Juuru_vallavalitsus, lk 38
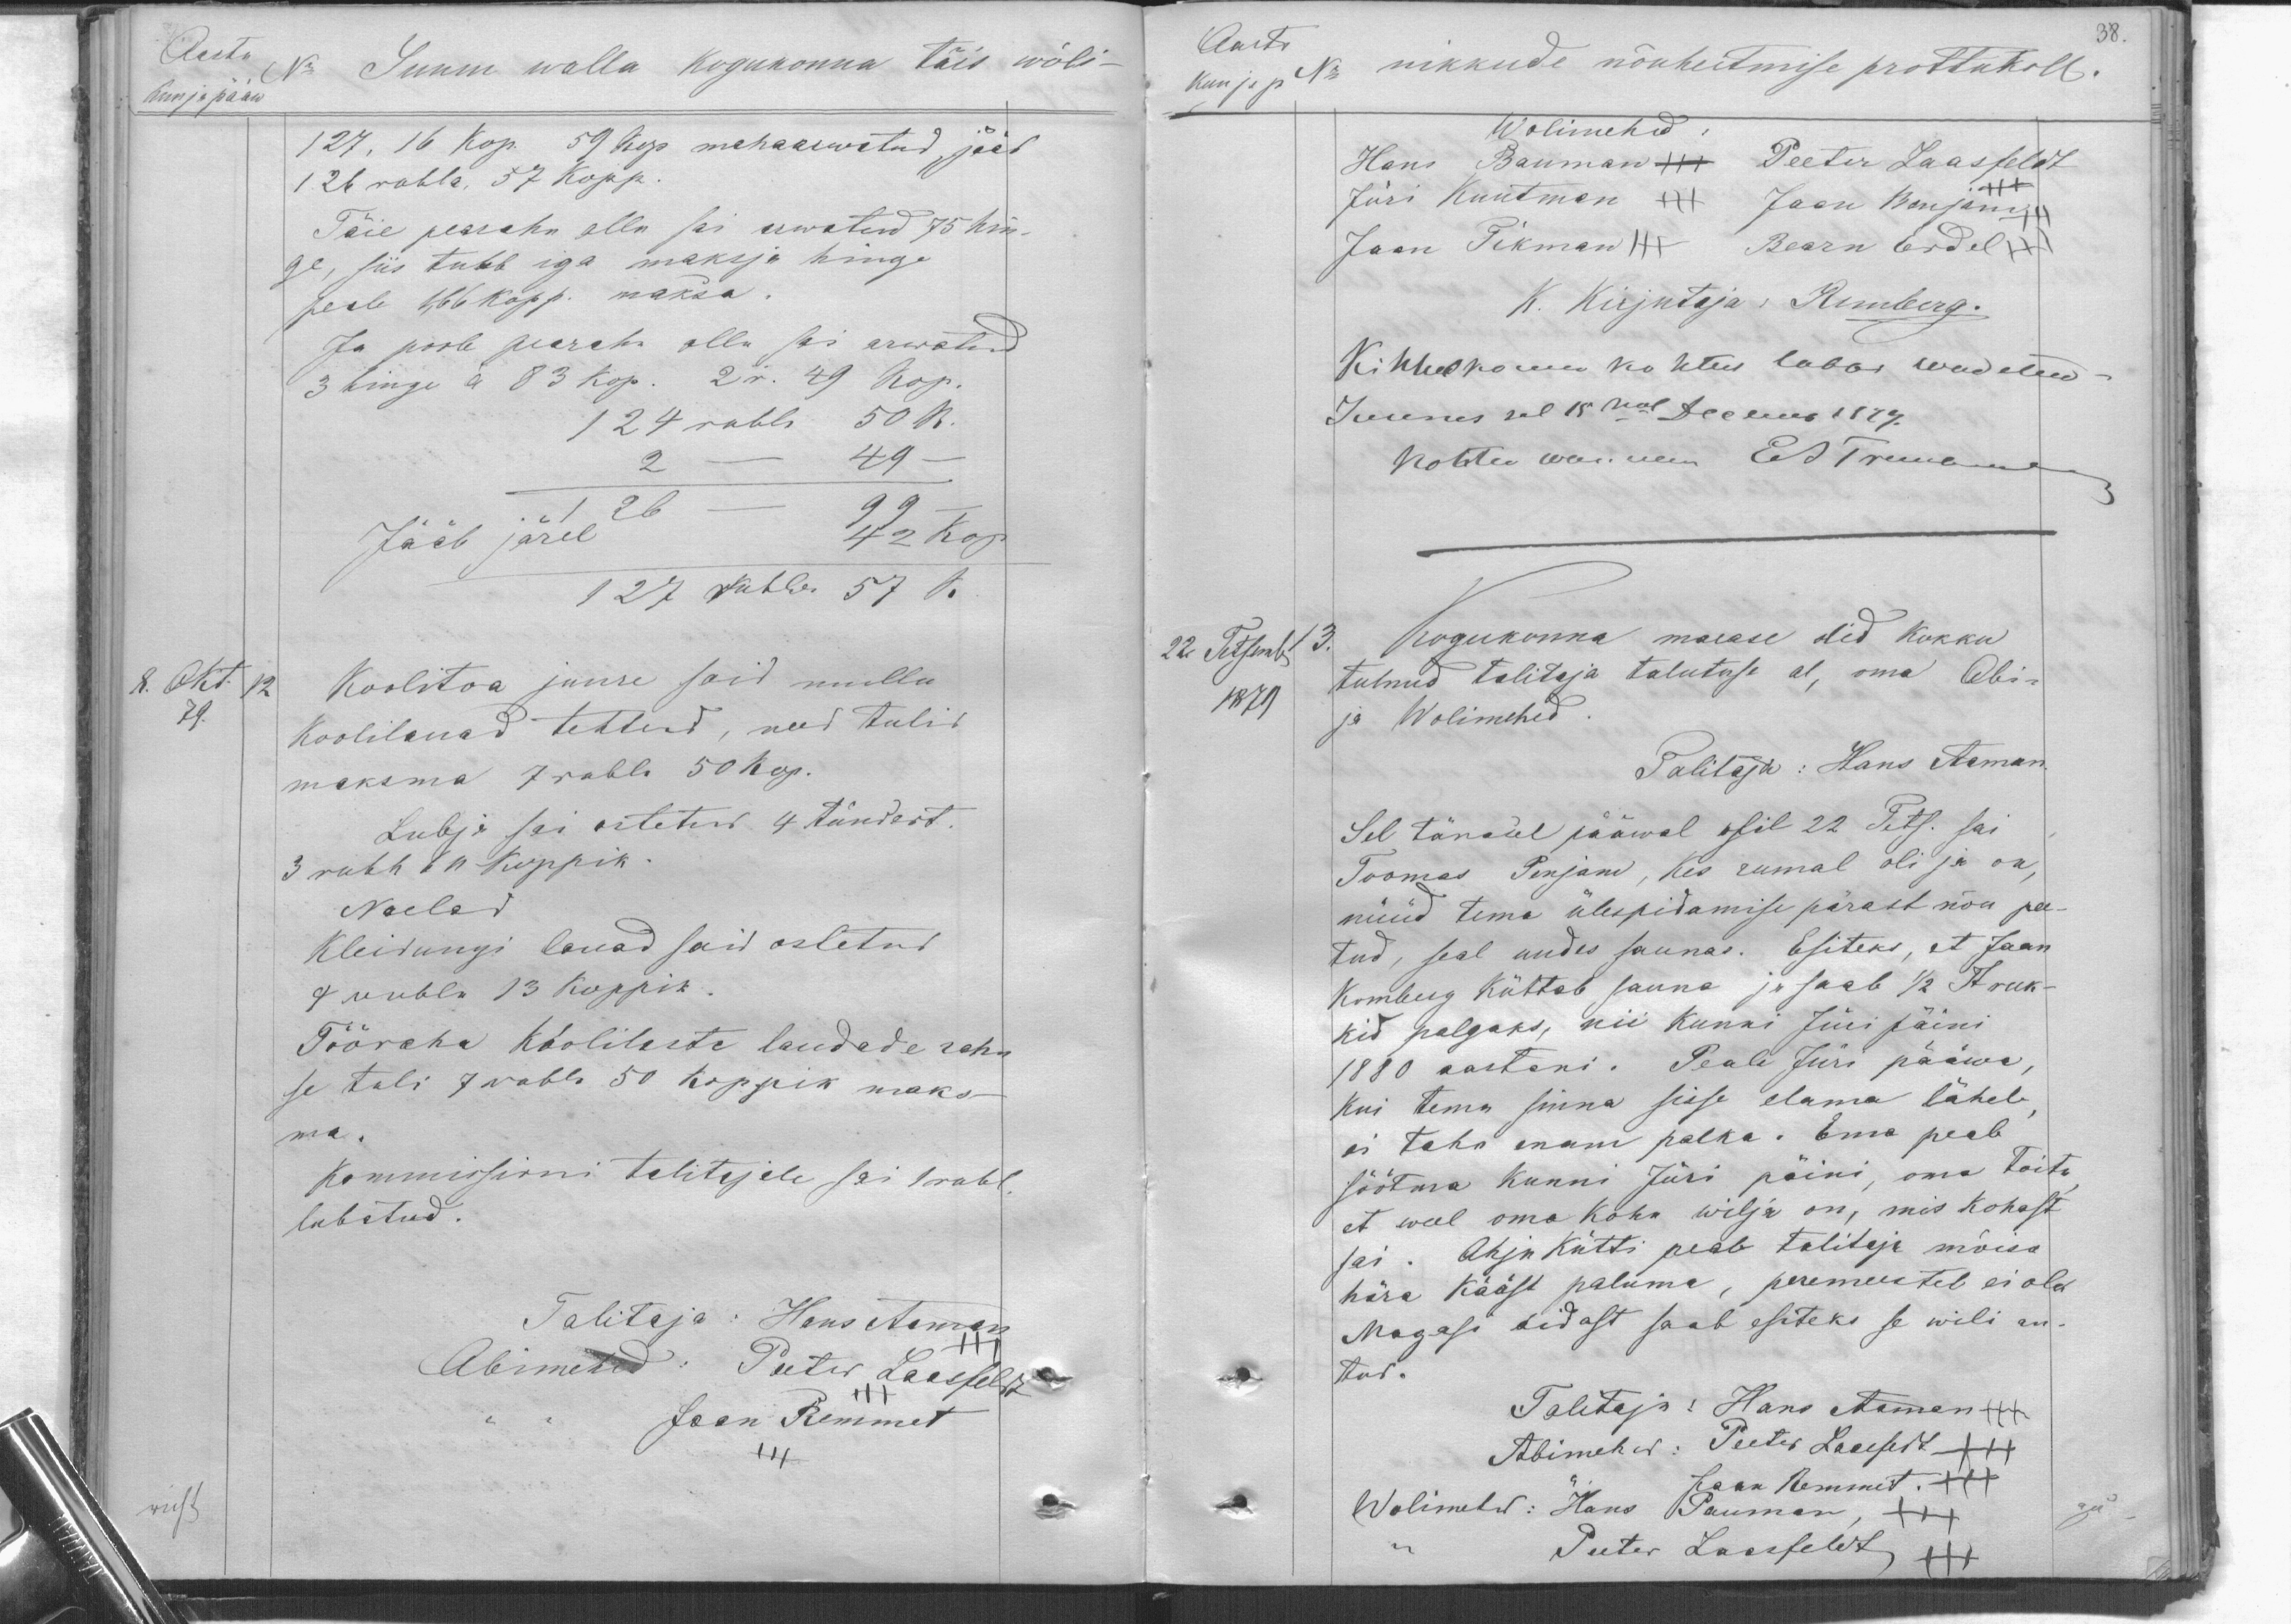
Aasta
Kuu ja pääw
No. Suure walla kogukonna täis wõli-
127, 16 kop. 59 kop mahaarwatud, jääb
126 rubla, 57 Kopp.
Täie pearaha alla sai arwatud 75 hin-
ge, siis tuleb iga maksja hinge
peale 1,66 kopp. maksa.
Ja poole pearaha alla sai arwatud
3 hinge à 83 kop. 2 r. 49 kop
124 rubla 50 k.
2 - 49 -
126 - 99 -
42 kop
Jääb järel
127 Rubla 57 k.
8. Okt. 12
79.
Koolitoa juure said mullu
Koolilauad tehtud, need tulid
maksma 7 rubla 50 kop.
Lubja sai ostetud 4 tündert.
3 rubl 64 Koppik.
Naelad
Kleidungi lauad said ostetud
4 rubla 13 koppik.
Tööraha Koolilaste laudade raha
se tuli 7 rubla 50 koppik maks-
ma.
Kommissioni talitajale sai 1 rubl.
lubatud.
Talitaja: Hans Aaman
Abimehed: Peeter Laasfeldt
Jaan Remmet

38.
Aasta
Kuu ja p. No
nikkude nõuheitmise prottukoll.
Wolimehed
Hans Baumann Peeter Laasfeldt
Jüri Kuutman Jaan Benjam
Jaan Pikman  Bearn Erdel
K. Kirjutaja: JUmberg.
Kihhelkonna kohtus labbi wadetud
Juurus sel 15mal Decemb 1879.
Kohtu wanem  ESTreuman
22 Tetsemb 13.
1879
Kogukonna maease olid kokku
tulnud talitaja talutuse al, oma Abi-
ja Wolimehed
Talitaja: Hans Aaman.
Sel tänasel pääwal asil 22 Tets. sai
Toomas Penjam, Kes rumal oli ja on,
nüüd tema ülespidamise pärast nõu pee-
tud, seal uudes saunas. Esiteks, et Jaan
Komberg Küttab sauna ja saab 1/2 Tf ruk-
kid palgaks, nii kunni Jüri päini
1880 aastani. Peale Jüri pääwa,
Kui tema sinna sisse elama läheb
ei taha enam palka. Ema peab
söötma kunni Jüri päini, oma toitu
et weel oma koha wilja on, mis kohast
sai. Ahju kütti peab talitaja mõisa
hära Kääst paluma, peremeestel ei old
Magasi aidast saab esiteks se wili an-
tud.
Talitaja: Hans Aaman
Abimehed: Peeter Laasfeldt
Wolimehed: Hans Pauman +++
Jaan Remmet XXX
Peeter Lassfeldt